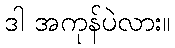
ဒါ အကုန်ပဲလား။